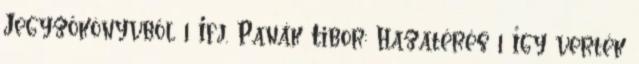
Jegyzőkönyvből 1 Ifj. Panák Tibor: Hazatérés 1 Így verték